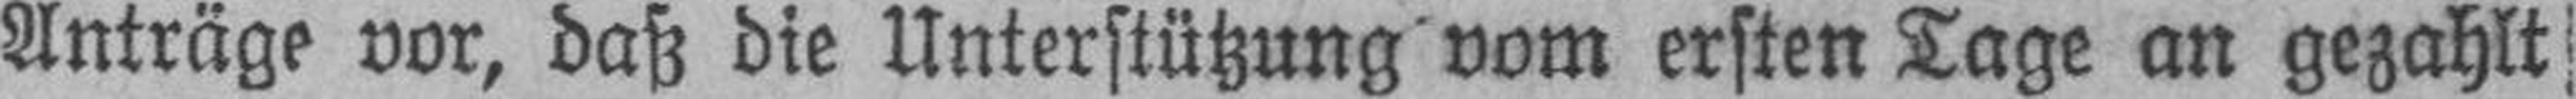
Anträge vor, daß die Unterstützung vom ersten Tage an gezahlt